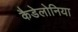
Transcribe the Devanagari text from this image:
कैडेलोनिया